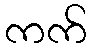
ကက်